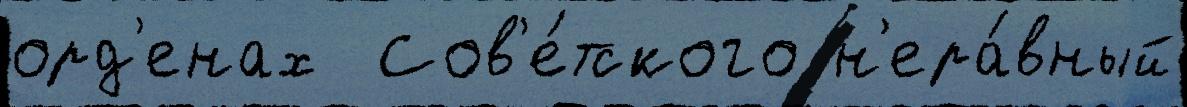
орд'енах  Сов'е́тского н'ера́вный